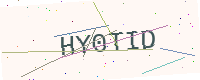
Text: HY0TID